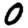
Digit: 0